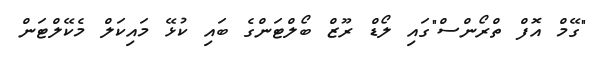
"ގޭމް އޮފް ތްރޯންސް"ގައި ލޯޑް ރޫޒް ބޯލްޓަންގެ ބައި ކުޅޭ މައިކަލް މެކޭލްޓަން